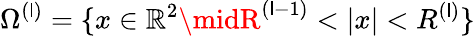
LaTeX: \Omega^{(\mathsf{l})}=\{ x\in\mathbb{{R}}^{2}\midR^{(\mathsf{l}-1)}<|x|<R^{(\mathsf{l})}\}